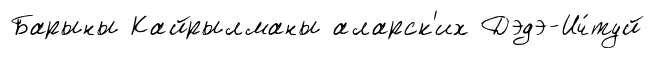
Барыны Кайрылманы аларск'их Дэдэ-Ич́туй